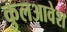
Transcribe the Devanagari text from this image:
कुलआवेश